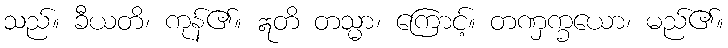
သည်။ ခီယတိ၊ ကုန်၏။ ဣတိ တသ္မာ၊ ကြောင့်။ တဏှက္ခယော၊ မည်၏။